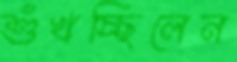
শুঁখচ্ছিলেন